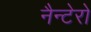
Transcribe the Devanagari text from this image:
नैन्टेरो